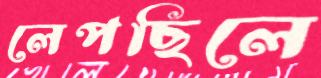
লেপছিলে